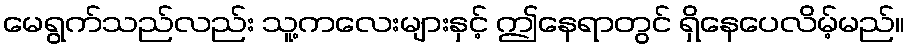
မေရွက်သည်လည်း သူ့ကလေးများနှင့် ဤနေရာတွင် ရှိနေပေလိမ့်မည်။